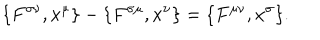
\{ F ^ { \sigma \nu } , x ^ { \mu } \} - \{ F ^ { \sigma \mu } , x ^ { \nu } \} = \{ F ^ { \mu \nu } , x ^ { \sigma } \} .